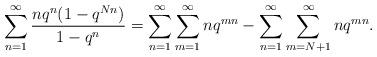
LaTeX: \begin{align*}\sum_{n=1}^{\infty} \frac{n q^n(1- q^{N n})}{1- q^n}&=\sum_{n=1}^{\infty}\sum_{m=1}^{\infty} nq^{mn}-\sum_{n=1}^{\infty}\sum_{m=N+1}^{\infty} nq^{mn}.\end{align*}